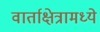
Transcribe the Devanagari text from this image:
वार्ताक्षेत्रामध्ये